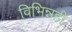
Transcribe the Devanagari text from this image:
विभिन्नही